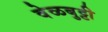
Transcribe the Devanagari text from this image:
वेळबुट्टी